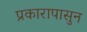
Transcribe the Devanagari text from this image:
प्रकारापासुन